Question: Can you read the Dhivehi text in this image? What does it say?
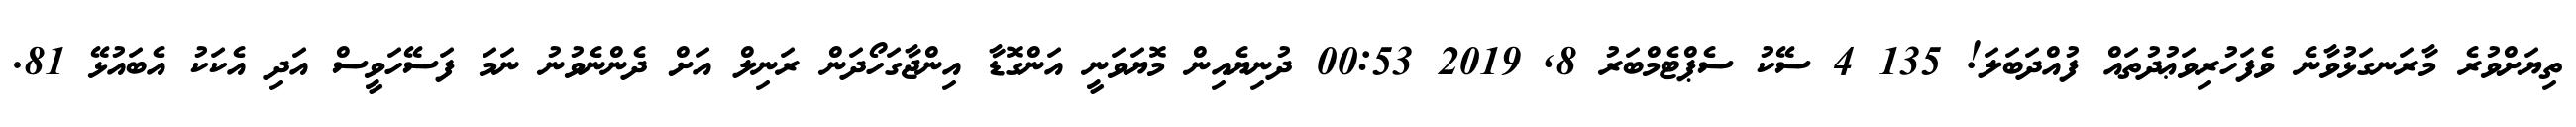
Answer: ތިޔަށްވުރެ މާރަނގަޅުވާނެ ވެފަހުރިވަޢުދުތައް ފުއްދަބަލަ! 135 4 ސޭކު ސެޕްޓެމްބަރު 8, 2019 00:53 ދުނިޔެއިން މޮޔަވަނީ އަންގޮޑާ އިންޖާގަހޯދަން ރަނިލް އަށް ދެންނެވުނު ނަމަ ފަސޭހަވީސް އަދި އެކަކު އެބައުޅޭ 81.